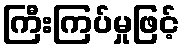
ကြီးကြပ်မှုဖြင့်